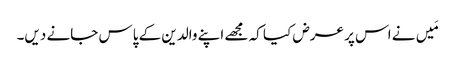
مَیں نے اس پر عرض کیا کہ مجھے اپنے والدین کے پاس جانے دیں۔